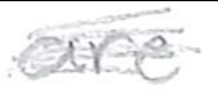
Text: are
Cross-out: scratch
Writing tool: pencil